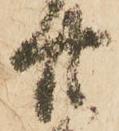
廿